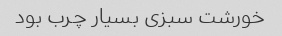
خورشت سبزی بسیار چرب بود